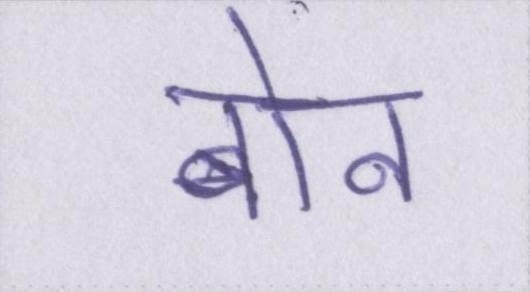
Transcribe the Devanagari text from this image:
बोन